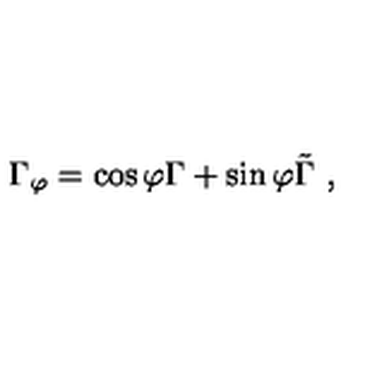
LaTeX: \Gamma _ { \varphi } = \cos \varphi \Gamma + \sin \varphi \tilde { \Gamma } \ ,